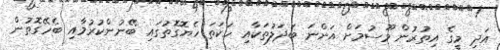
އަދި މީގެ އިތުރުން މޫސުމަށް އަންނަ ބަދަލުތަކާއި ހަކަތަ ހެޔޮގޮތުގައި ބޭނުންކުރުމާއި ބެހޭގޮތުން